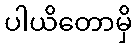
ပါယိတောမှိ